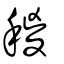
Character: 稯